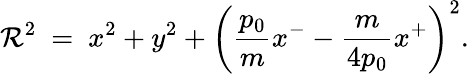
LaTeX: \mathcal{R}^{2}~=~x^{2}+y^{2}+\left({\frac{{p_{0}}}{{m}}}x^{-}-{\frac{{m}}{{4p_{0}}}}x^{+}\right)^{2}.